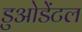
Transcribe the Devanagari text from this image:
डुओडेंटल